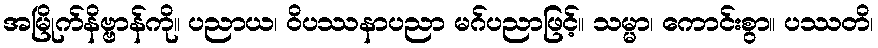
အမြိုက်နိဗ္ဗာန်ကို။ ပညာယ၊ ဝိပဿနာပညာ မဂ်ပညာဖြင့်။ သမ္မာ၊ ကောင်းစွာ။ ပဿတိ၊